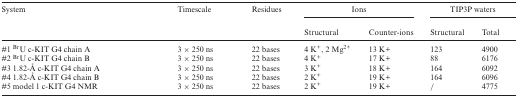
| System | Timescale | Residues | <COLSPAN=2> Ions | <COLSPAN=2> TIP3P waters |
 |  |  |  | Structural | Counter-ions | Structural | Total |
 | --- | --- | --- | --- | --- | --- | --- |
 | #1 BrU c-KIT G4 chain A | 3 × 250 ns | 22 bases | 4 K+, 2 Mg2+ | 13 K+ | 123 | 4900 |
 | #2 BrU c-KIT G4 chain B | 3 × 250 ns | 22 bases | 4 K+ | 17 K+ | 88 | 6176 |
 | #3 1.82-Å c-KIT G4 chain A | 3 × 250 ns | 22 bases | 3 K+ | 18 K+ | 164 | 6092 |
 | #4 1.82-Å c-KIT G4 chain B | 3 × 250 ns | 22 bases | 2 K+ | 19 K+ | 164 | 6096 |
 | #5 model 1 c-KIT G4 NMR | 3 × 250 ns | 22 bases | 2 K+ | 19 K+ | / | 4775 |